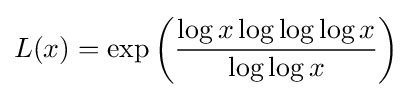
L(x)=\exp {\left({\frac {\log x\log \log \log x}{\log \log x}}\right)}